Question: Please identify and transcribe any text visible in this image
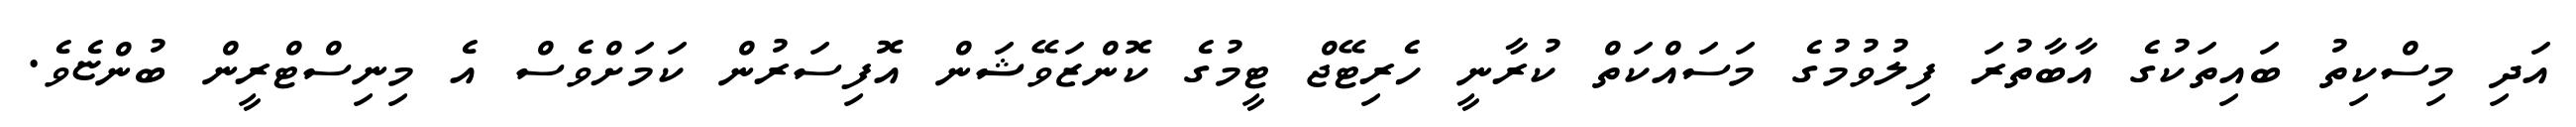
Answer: އަދި މިސްކިތު ބައިތަކުގެ އާބާތުރަ ފިލުވުމުގެ މަސައްކަތް ކުރާނީ ހެރިޓޭޖް ޓީމުގެ ކޮންޒަވޭޝަން އޮފިސަރުން ކަމަށްވެސް އެ މިނިސްޓްރީން ބުންޏެވެ.